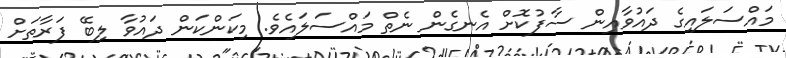
މައްސަލައިގެ ދައުވާއިން ސާފުކޮށް އެނގެން ނެތް މައްސަލައެވެ. މިކަންކަން ދައުވާ ލިބޭ ފަރާތަށް